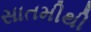
સાતમીથી